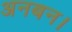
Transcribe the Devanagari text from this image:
अनबन।